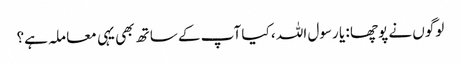
لوگوں نے پوچھا : یا رسول اللہ ، کیا آپ کے ساتھ بھی یہی معا ملہ ہے؟